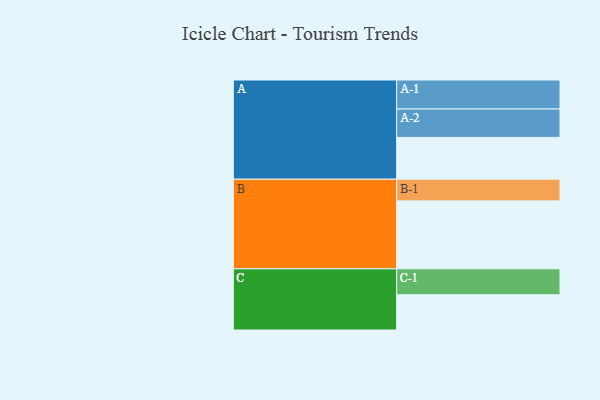
{"axis": {"x": "Segment", "y": "Value"}, "legend": ["", "A", "B", "C"], "data": [{"x": "A", "y": 366, "type": ""}, {"x": "B", "y": 595, "type": ""}, {"x": "C", "y": 309, "type": ""}, {"x": "A-1", "y": 254, "type": "A"}, {"x": "A-2", "y": 249, "type": "A"}, {"x": "B-1", "y": 190, "type": "B"}, {"x": "C-1", "y": 227, "type": "C"}]}